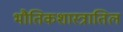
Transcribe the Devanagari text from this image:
भौतिकशास्त्रातिल